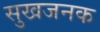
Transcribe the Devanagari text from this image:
सुखजनक